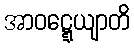
အာဝဋ္ဋေယျာတိ